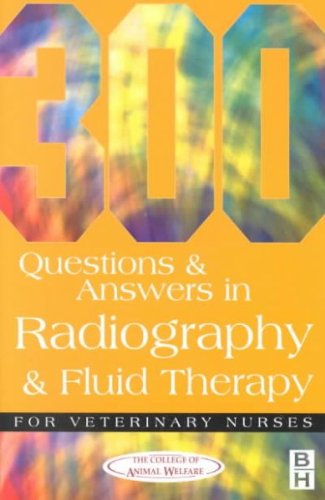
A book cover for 300 Questions and Answers In Radiography and Fluid Therapy for Veterinary Nurses, 2e (Veterinary Nursing); College of Animal Welfare Ltd College; Medical Books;